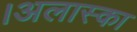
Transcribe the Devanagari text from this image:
।अलास्का